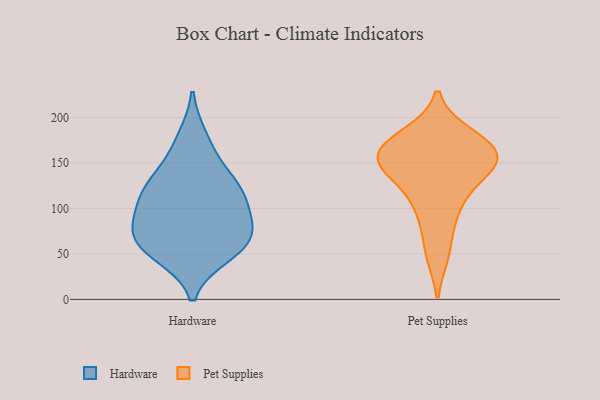
{"axis": {"x": "Backlog", "y": "Value"}, "legend": ["Hardware", "Pet Supplies"], "data": [{"x": "", "y": 113, "type": "Hardware"}, {"x": "", "y": 86, "type": "Hardware"}, {"x": "", "y": 55, "type": "Hardware"}, {"x": "", "y": 124, "type": "Hardware"}, {"x": "", "y": 119, "type": "Hardware"}, {"x": "", "y": 119, "type": "Hardware"}, {"x": "", "y": 79, "type": "Hardware"}, {"x": "", "y": 66, "type": "Hardware"}, {"x": "", "y": 49, "type": "Hardware"}, {"x": "", "y": 178, "type": "Hardware"}, {"x": "", "y": 82, "type": "Hardware"}, {"x": "", "y": 152, "type": "Hardware"}, {"x": "", "y": 58, "type": "Hardware"}, {"x": "", "y": 148, "type": "Pet Supplies"}, {"x": "", "y": 172, "type": "Pet Supplies"}, {"x": "", "y": 92, "type": "Pet Supplies"}, {"x": "", "y": 114, "type": "Pet Supplies"}, {"x": "", "y": 180, "type": "Pet Supplies"}, {"x": "", "y": 161, "type": "Pet Supplies"}, {"x": "", "y": 146, "type": "Pet Supplies"}, {"x": "", "y": 144, "type": "Pet Supplies"}, {"x": "", "y": 163, "type": "Pet Supplies"}, {"x": "", "y": 51, "type": "Pet Supplies"}]}